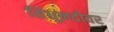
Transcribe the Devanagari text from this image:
सिंधूनदीवर